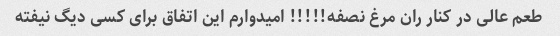
طعم عالی در کنار ران مرغ نصفه!!!!! امیدوارم این اتفاق برای کسی دیگ نیفته